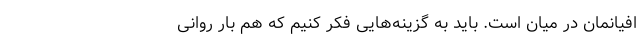
افیانمان در میان است. باید به گزینه‌هایی فکر کنیم که هم بار روانی